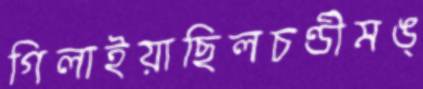
গিলাইয়াছিলচণ্ডীমঙ্